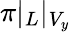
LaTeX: \pi|_{L}|_{V_{y}}